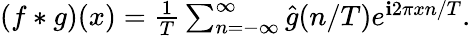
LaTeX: \begin{array}{r}{(f*g)(x)=\frac{1}{T}\sum_{n=-\infty}^{\infty}\hat{g}(n/T)e^{\mathbf{i}2\pi xn/T}.}\end{array}